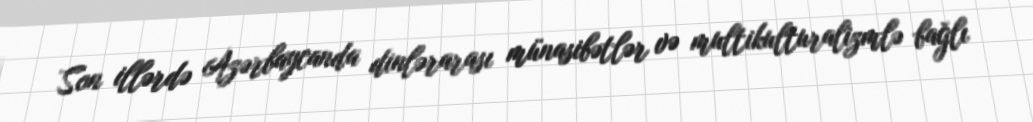
Son illərdə Azərbaycanda dinlərarası münasibətlər və multikulturalizmlə bağlı